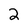
Character: 2